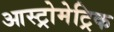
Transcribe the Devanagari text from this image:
आस्ट्रोमेट्रिक